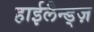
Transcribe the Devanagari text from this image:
हाईलैन्ड्ज़